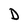
Character: D